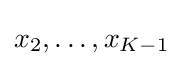
x_{2},\ldots ,x_{K-1}